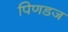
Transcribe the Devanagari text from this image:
पिणडज